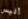
أليس